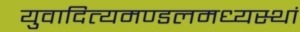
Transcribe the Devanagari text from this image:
युवादित्यमण्डलमध्यस्थां